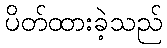
ပိတ်ထားခဲ့သည်